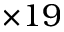
\times 1 9